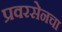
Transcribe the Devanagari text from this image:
प्रवरसेनचा